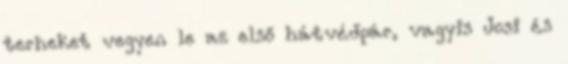
terheket vegyen le az első hátvédpár, vagyis Josi és